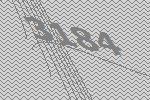
3184